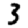
Digit: 3